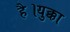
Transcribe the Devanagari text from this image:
है।युक्का